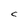
Character: C